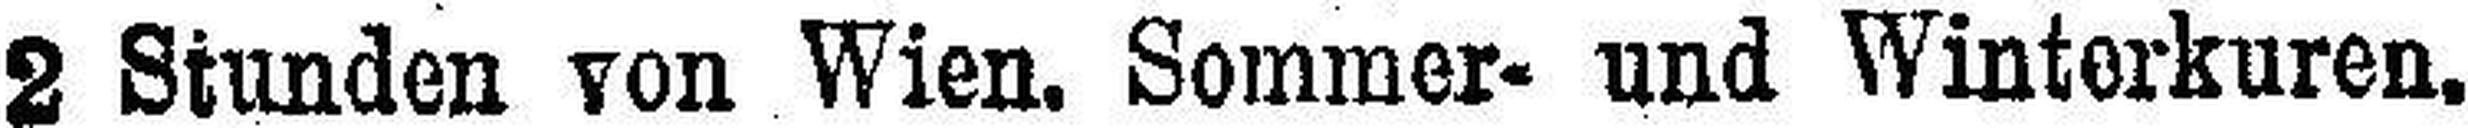
2 Stunden von Wien. Sommer- und Winterkuren.